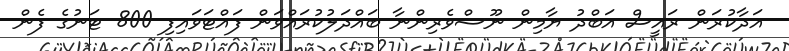
އަދާކުރަން ރައީސް އަބްދު ޔާމިން ނޫސްވެރިންނާ ބައްދަލުކުރައްވަން ފައްޓަވައިފި 800 ޓަނުގެ ފެން